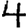
Digit: 4